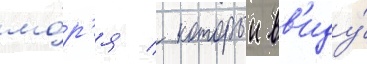
мо́р'я / которыи вв'иду́